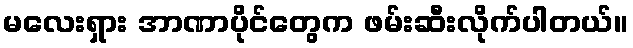
မလေးရှား အာဏာပိုင်တွေက ဖမ်းဆီးလိုက်ပါတယ်။